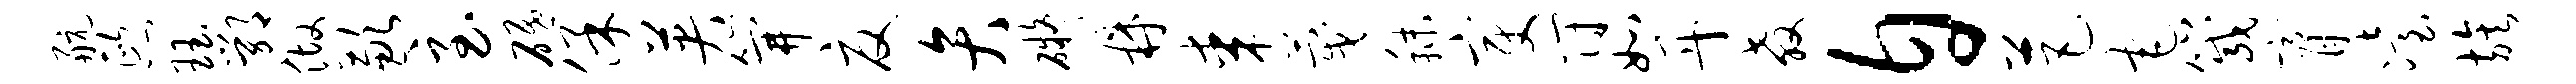
航熙珏鄂做歉至砥保英笄夏弁碍鼎某蔑秣变符如丹教自芭宅箴膏冶族